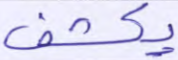
يكشف